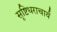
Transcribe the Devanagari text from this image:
सृष्टिधराचार्य